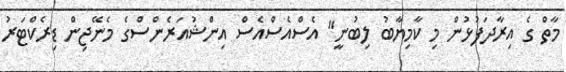
މާތް ގެ އިރާދަފުޅުން މި ކާމިޔާބު ލިބުނީ" އެސްއެސްއެސް އިންޝުއަރެންސްގެ މެނޭޖިން ޑިރެކްޓަރު